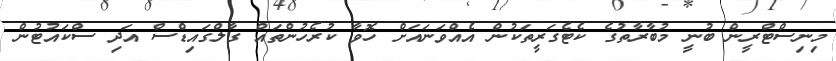
މިނިސްޓްރީން ބުނީ މުބާރާތުގެ ކެޓެގަރީތަކުން އެއްވަނައަށް ހޮވާ ކުރެހުންތައް ގާލްގައިޑްސް އަދި ސްކައުޓުން